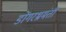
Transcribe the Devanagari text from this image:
डोंगरभ्रमंती